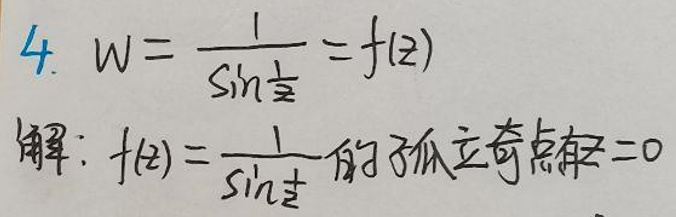

$4. W = \frac{1}{\sin \frac{1}{z}} = f(2)$

解：$f(z)=\frac{1}{\sin \frac{1}{z}}$的孤立奇点在$z = 0$